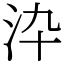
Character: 㳃